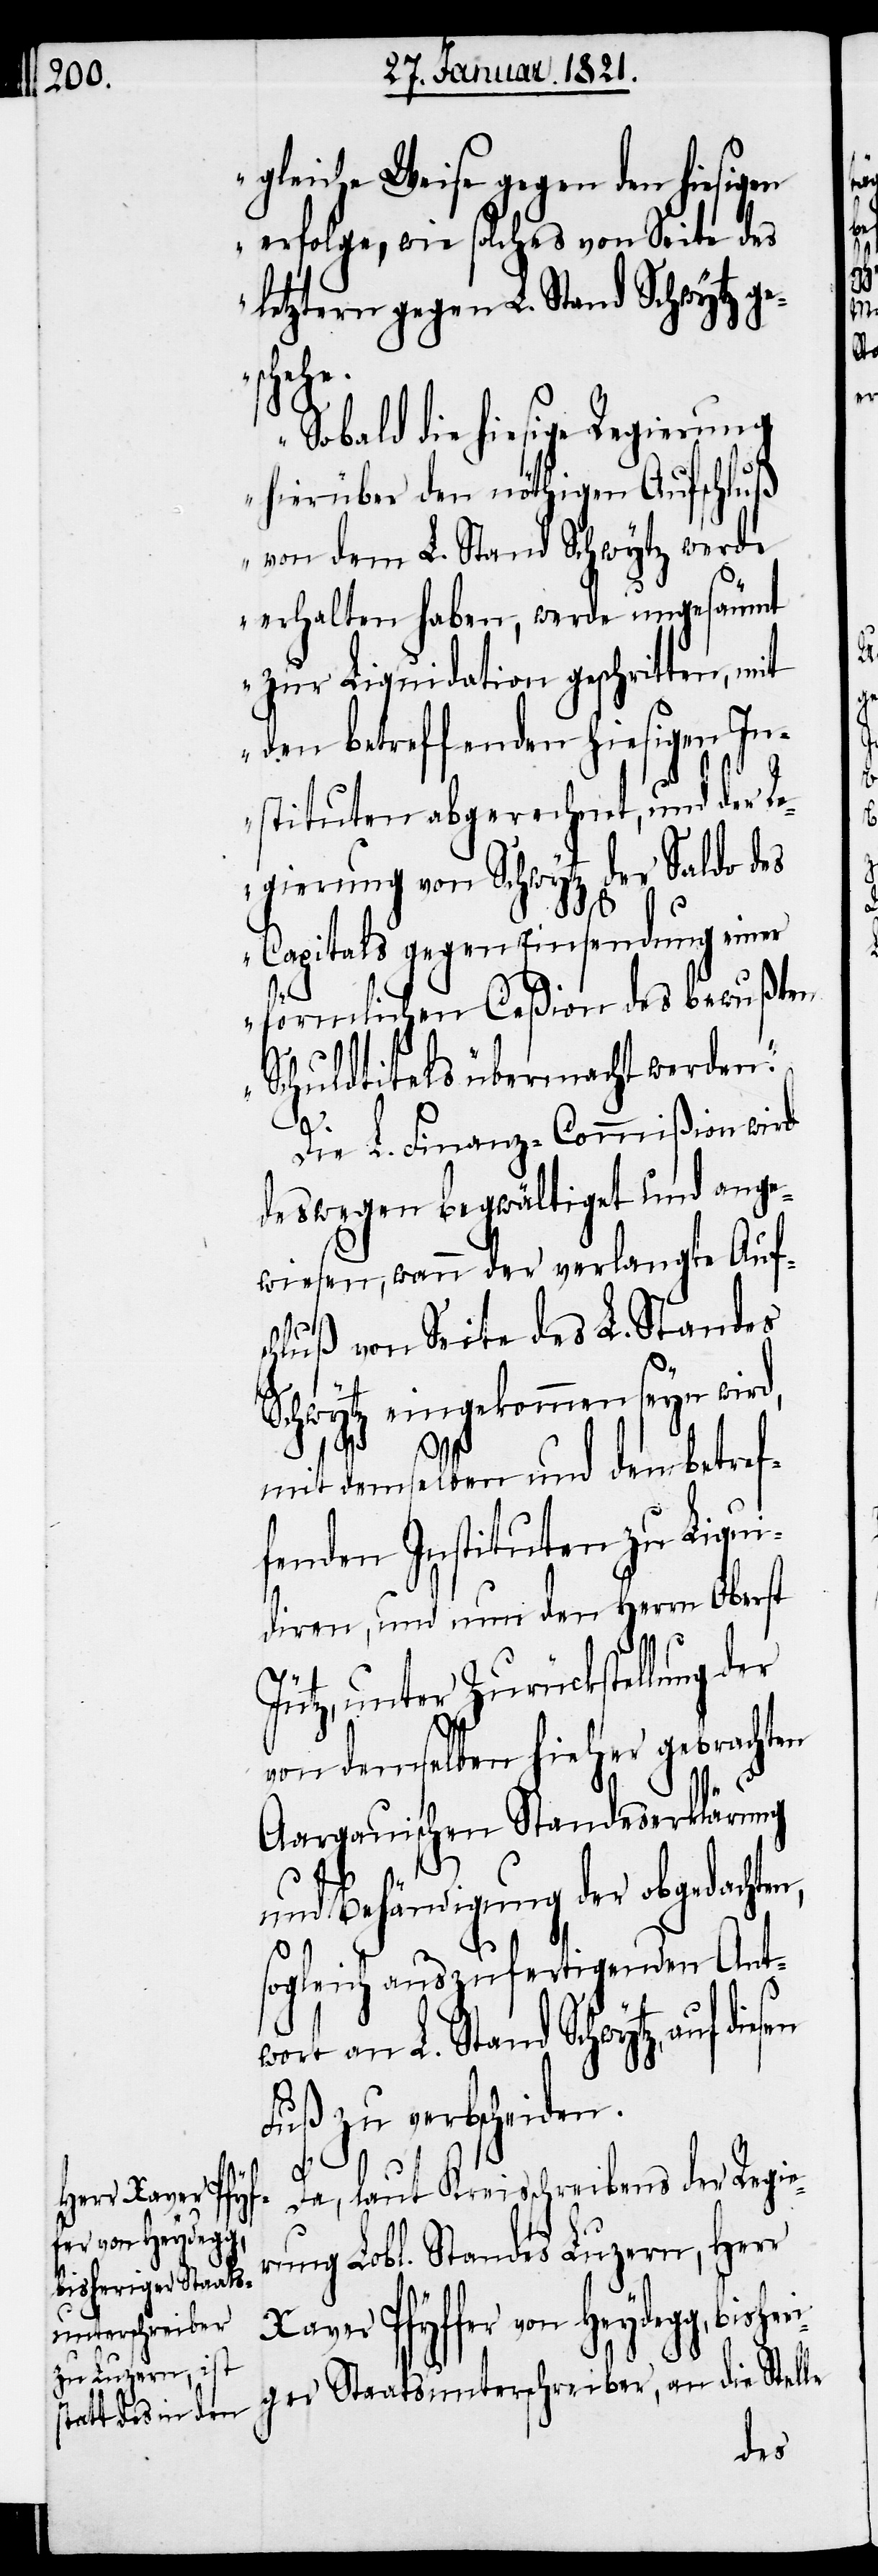
gleiche Weise gegen den hiesigen
erfolge, wie solches von Seite des
letztern gegen L. Stand Schwytz ge¬
bisheri¬
Sobald die hiesige Regierung
hierüber den nöthigen Aufschluß
von dem L. Stand Schwytz werde
erhalten haben, werde ungesäumt
zur Liquidation geschritten, mit
den betreffenden hiesigen In¬
stituten abgerechnet, und der Re¬
gierung von Schwytz der Saldo des
Capitals gegen Einsendung einer
förmlichen Ceßion des bewußten
Schuldtitels übermacht werden.“
g,
Die L. Finanz-Commißion wird
deswegen begwältigt und ange¬
wiesen, wann der verlangte Aufs¬
chluß von Seite des L. Standes
Schwytz eingekommen seyn wird,
Pfyf¬
mit demselben und den betref¬
fenden Instituten zu Liqui¬
diren, und nun den Herrn Oberst
Jütz, unter Zurückstellung der
von demselben hieher gebrachten
Aargauischen Standeserklärung
und Behändigung der obgedachten,
sogleich auszufertigenden Ant¬
wort an L. Stand Schwytz, auf
Fuß zu verbscheiden.
fer von Heydeg¬
rung Lobl. Standes Luzern, Herr
Kreisschreibens
ger Staatsunterschreiber, an die Stelle
der